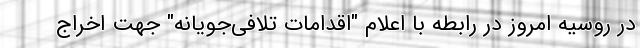
در روسیه امروز در رابطه با اعلام "اقدامات تلافی‌جویانه" جهت اخراج